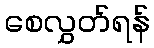
စေလွှတ်ရန်